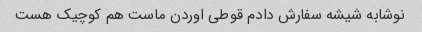
نوشابه شیشه سفارش دادم قوطی اوردن ماست هم کوچیک هست